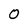
Character: 0